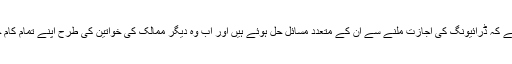
سعودی خواتین کا کہنا ہے کہ ڈرائیونگ کی اجازت ملنے سے ان کے متعدد مسائل حل ہوئے ہیں اور اب وہ دیگر ممالک کی خواتین کی طرح اپنے تمام کام خود انجام دے سکتی ہیں۔